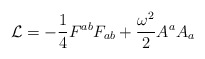
\begin{align*}{\cal L} = -{\frac{1}{4}}{F^{ab}F_{ab}} + {\frac{\omega^2}{2}}A^{a}A_{a}\end{align*}